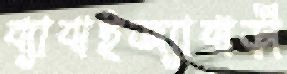
ব্যাবাইজ্যাবাড়ী